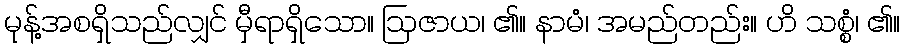
မုန့်အစရှိသည်လျှင် မှီရာရှိသော။ ဩဇာယ၊ ၏။ နာမံ၊ အမည်တည်း။ ဟိ သစ္စံ၊ ၏။